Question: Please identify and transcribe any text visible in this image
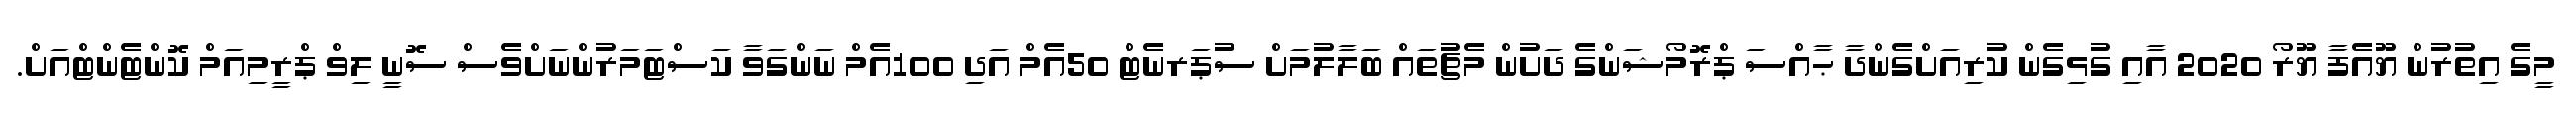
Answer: މީގެ އިތުރުން ޔޫއެފާ ޔޫރޯ 2020 އާއި ގުޅިގެން ކުރިއަށްގެންދާ ޙާއްސަ ޕްރޮމޯޝަންގެ ދަށުން މެޗުތައް ބަލާލުމަށް ސުޕަރނެޓް 50އެމް އަދި 100އެމް ނަންގަވާ ކަސްޓަމަރުންނަށްވެސް ސޮނީ ލިވް ޕްރީމިއަމް ކޮންޓެންޓްއަށް.